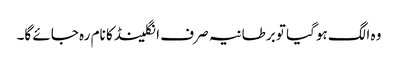
وہ الگ ہوگیا تو برطانیہ صرف انگلینڈ کا نام رہ جائے گا۔